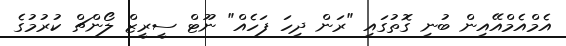
އެމްއެމްއޭއިން ބުނި ގޮތުގައި "ރަން ދިހަ ފަހެއް" ނޫޓް ސީރީޒް ލޯންޗް ކުރުމުގެ